system: You are a helpful assistant.
user:
Analyze the provided spectrum to determine if it is a **Carbon Star (C-type)**.

- **Key Visual Indicators of Carbon Star:**
    - **(Primary):** Strong molecular absorption from **C₂ (diatomic carbon) "Swan Bands."** This is the **defining feature** of a carbon star.
        - **(Key Bandheads):** Sharp absorption edges are visible at approximately $5635$ Å, $5165$ Å (the strongest band), and $4737$ Å.
        - **(Line Profile):** Creates a distinct **"saw-tooth"** pattern. The key morphology is a sharp, steep bandhead on the **red (long-wavelength) side**, which then gradually tapers off (i.e., flux recovers) towards the **blue (short-wavelength) side**. *(This is the direct opposite of the TiO bands seen in M-type stars)*.

    - **(Secondary):** Intense **CN (cyanogen)** molecular absorption bands.
        - **(Key Bandheads):** Located in the blue and violet regions of the spectrum (e.g., near $4215$ Å and $3883$ Å).
        - **(Morphology):** These bands are extremely broad and act as a "blanket," absorbing the vast majority of blue and violet light. This creates a characteristic **"cliff"** or **"steep drop-off"** in the spectrum's flux at short wavelengths.

    - **(Key Confirmation):** Strong **CH absorption band (G-band)**.
        - **(Key Bandhead):** Located around $4300$ Å. The contribution from CH molecules to this band is exceptionally strong.

    - **(Overall Spectrum):**
        - The continuum is severely "chopped up" by these deep molecular bands, especially C₂, rather than appearing as a smooth curve.
        - Due to the heavy CN and C₂ absorption in the blue-green, the vast majority of the star's flux is concentrated in the red part of the spectrum, giving the star its characteristic deep red color.

Think first, call **spectral_visualization_tool** if needed to examine features in detail, then provide your final answer. Your response must adhere to the following strict rules:
1.  **Overall Structure:** Your response must follow the format `<think>...</think> <tool_call>...</tool_call> (if a tool is used) <answer>...</answer>`.
2.  **Tool Usage Constraint:** You may only make **one** tool call per turn.
3.  **Final Answer Format:** In the `<answer>` tag, your conclusion must be inside a `\boxed{}` command (e.g., `\boxed{YES}`), followed by your justification.

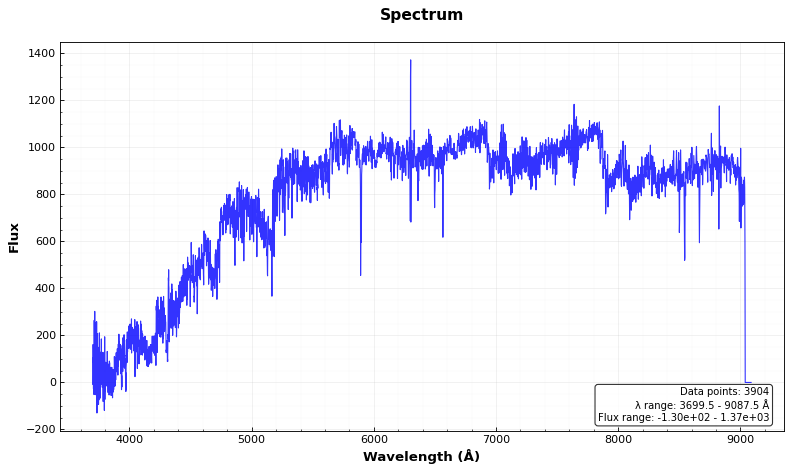
Answer: YES